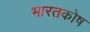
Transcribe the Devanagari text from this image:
भारतकोष